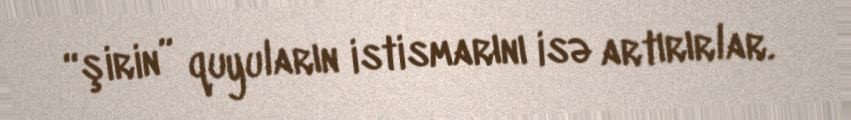
“şirin” quyuların istismarını isə artırırlar.